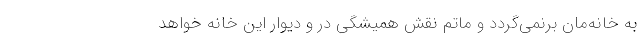
به خانه‌مان برنمی‌گردد و ماتم نقش همیشگی در و دیوار این خانه خواهد